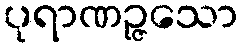
ပုရာဏဉ္ဇသော